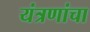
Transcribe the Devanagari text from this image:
यंत्रणांचा